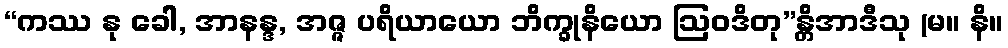
“ကဿ နု ခေါ, အာနန္ဒ, အဇ္ဇ ပရိယာယော ဘိက္ခုနိယော ဩဝဒိတု”န္တိအာဒီသု (မ။ နိ။